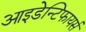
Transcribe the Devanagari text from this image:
आइडेन्टिफायर्स